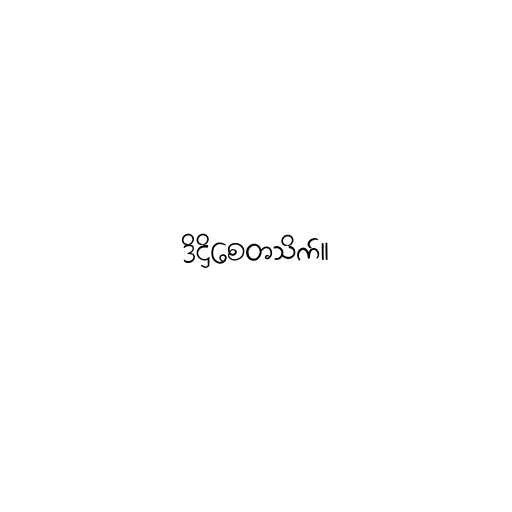
ဒိဋ္ဌိစေတသိက်။